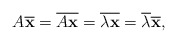
\begin{align*}A{\bf \overline{x}}=\overline{A{\bf x}}=\overline{\lambda {\bf x}}=\overline{\lambda} {\bf \overline{x}},\end{align*}